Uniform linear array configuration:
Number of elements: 24
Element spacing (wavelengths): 0.75
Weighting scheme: exponential
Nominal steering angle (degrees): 45
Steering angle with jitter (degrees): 43.82
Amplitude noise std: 0.05
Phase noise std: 0.05

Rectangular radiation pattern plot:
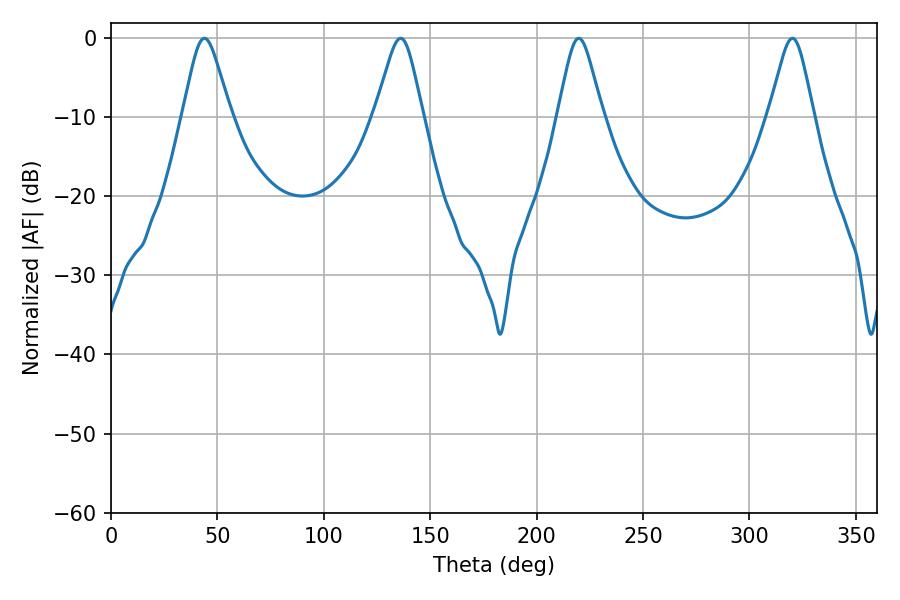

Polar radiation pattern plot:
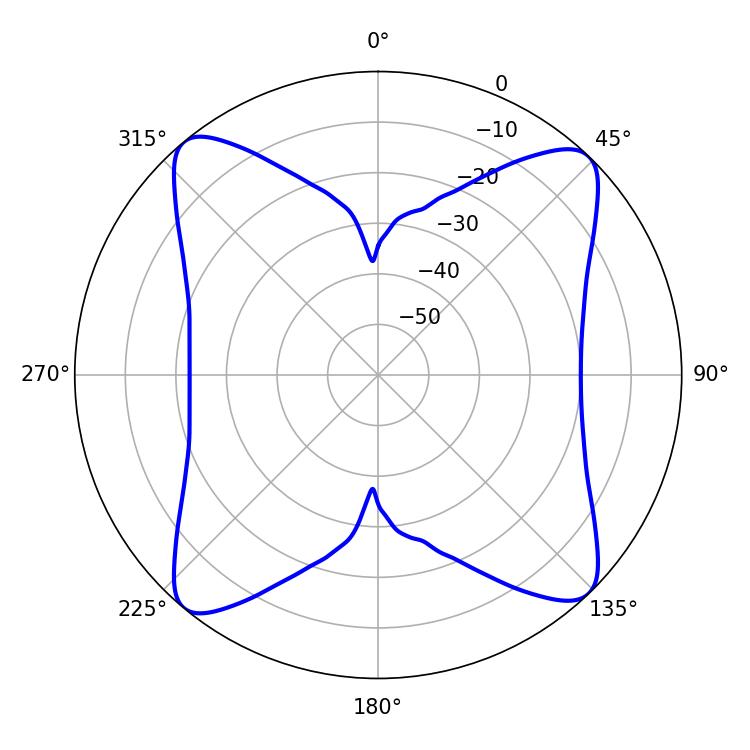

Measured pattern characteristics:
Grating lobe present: TRUE
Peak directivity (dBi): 16.155
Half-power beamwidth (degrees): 10.08
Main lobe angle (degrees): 320.22